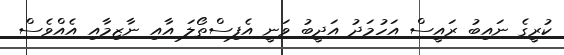
ކުރީގެ ނައިބު ރައީސް އަހުމަދު އަދީބު ވަނީ އެފިސްތޯލަ އާއި ނާޒިމާއި އެއްވެސް